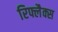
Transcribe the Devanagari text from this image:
रिफ्लैक्स